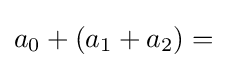
a_{0}+(a_{1}+a_{2})={}